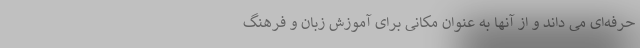
حرفه‌ای می داند و از آنها به عنوان مکانی برای آموزش زبان و فرهنگ